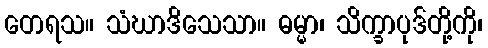
တေရသ။ သံဃာဒိသေသာ။ ဓမ္မာ၊ သိက္ခာပုဒ်တို့ကို၊